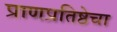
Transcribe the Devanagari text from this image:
प्राणप्रतिष्ठेचा